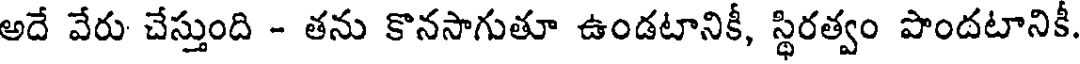
అదే వేరు చేస్తుంది - తను కొనసాగుతూ ఉండటానికీ, స్థిరత్వం పొందటానికీ